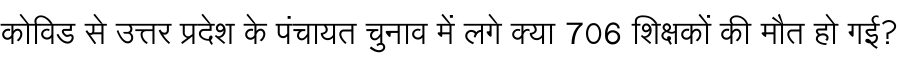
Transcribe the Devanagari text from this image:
कोविड से उत्तर प्रदेश के पंचायत चुनाव में लगे क्या 706 शिक्षकों की मौत हो गई?